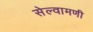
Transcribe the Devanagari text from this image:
सेल्वामणी